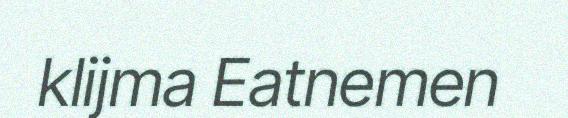
klijma Eatnemen